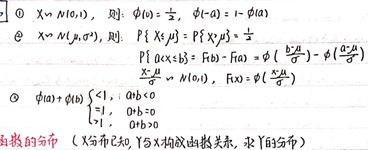
\textcircled{1} \(X\sim N(0,1)\)，则：\(\varPhi(0)=\frac{1}{2}\)，\(\varPhi(-a)=1 - \varPhi(a)\)
\textcircled{2} \(X\sim N(\mu,\sigma^{2})\)，则：\(P\{X\leqslant\mu\}=P\{X\geqslant\mu\}=\frac{1}{2}\)
\(P\{a<X\leqslant b\}=F(b)-F(a)=\varPhi(\frac{b - \mu}{\sigma})-\varPhi(\frac{a - \mu}{\sigma})\)
\(X\sim N(\mu,\sigma^{2})\)，\(F(x)=\varPhi(\frac{x - \mu}{\sigma})\)
\textcircled{3} \(\varPhi(a)+\varPhi(b)=\begin{cases}
1, & ab < 0\\
0, & ab = 0\\
2, & ab>0
\end{cases}\)
**函数的分布**：（已知\(Y\)与\(X\)有函数关系，求\(Y\)的分布）